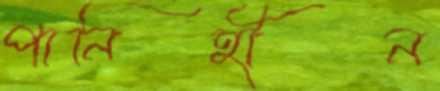
পানিহীন